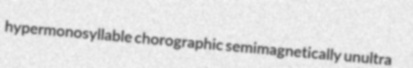
hypermonosyllable chorographic semimagnetically unultra